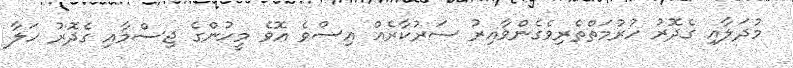
މުދަލާއި ގެދޮރު ހުރުމަތްތެރިވެގެންވާއިރު ސަރުކާރެއް އިސްވެ އޮވެ މީހުންގެ ޖިސްމާއި ގެދޮރު ހަލާ